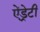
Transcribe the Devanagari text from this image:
ऐंड्रेटी